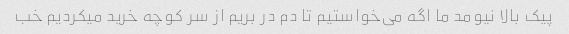
پیک بالا نیومد ما اگه می‌خواستیم تا دم در بریم از سر کوچه خرید میکردیم خب